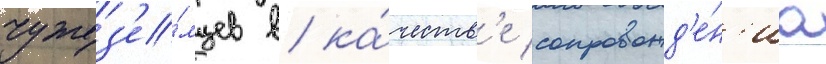
чужез'е́мцев в ка́честв'е сопровожд'е́н'иа